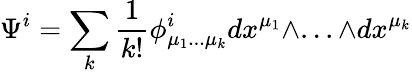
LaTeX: \Psi^{i}=\sum_{k}{\frac{1}{k!}}\phi_{\mu_{1}...\mu_{k}}^{i}dx^{\mu_{1}}\wedge...\wedge dx^{\mu_{k}}